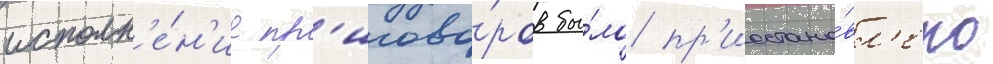
исполн'е́н'ие пр'игово́ров бы́ло пр'иостано́вл'ено